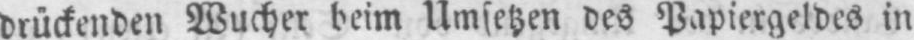
drückenden Wucher beim Umsetzen des Papiergeldes in